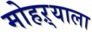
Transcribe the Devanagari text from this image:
मोहऱ्याला